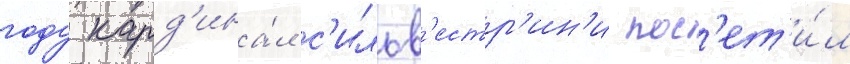
году кард'ина́л с'ильв'естр'ин'и пос'ет'и́л